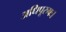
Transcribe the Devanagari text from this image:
अधिपूरुषः।